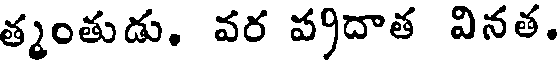
త్మంతుడు. వర ప్రదాత వినత.